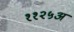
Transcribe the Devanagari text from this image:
११२५अ